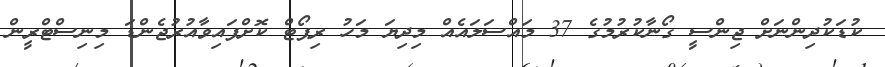
ކުޑަކުދިންނަށް ޖިންސީ ގޯނާކުރުމުގެ 37 މައްސަލައެއް މިދިޔަ މަހު ރިޕޯޓް ކޮށްފައިވާއުރުޖެންޑަ މިނިސްޓްރީން